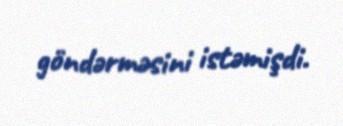
göndərməsini istəmişdi.